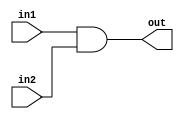
module AND(
    input in1,in2,
    output out
);
assign out = (in1&in2);
endmodule